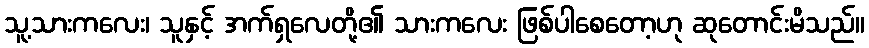
သူ့သားကလေး၊ သူနှင့် အက်ရှလေတို့၏ သားကလေး ဖြစ်ပါစေတော့ဟု ဆုတောင်းမိသည်။